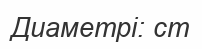
Диаметрі: cm